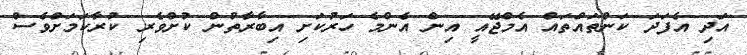
އަދި އެފަދަ ކަންތައްތައް އެމްޖޭއީ އިން އެންމެ ހަރުކަށި އިބާރާތުން ކުށްވެރި ކުރާކަމަށްވެސް